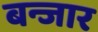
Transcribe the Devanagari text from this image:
बन्जार